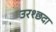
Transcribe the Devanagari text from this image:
उरश्छदा